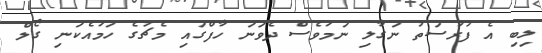
ލިބި އެ ފުރުސަތު ނަގާލި ނަމަވެސް ދެވަނަ ހާފްގައި މެޗުގެ ހަމައެކަނި ގޯލް